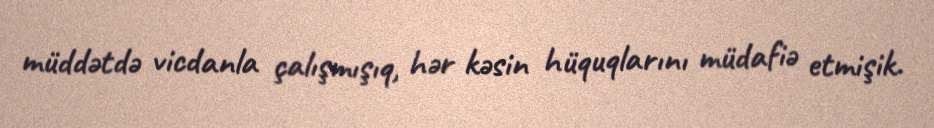
müddətdə vicdanla çalışmışıq, hər kəsin hüquqlarını müdafiə etmişik.